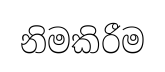
නිමකිරීම